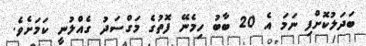
ބަދަލުކޮށްފި ނަމަ އެ 20 ބާބު ހިމެނޭ ފޮތުގެ މަގްސަދު ގެއްލުނީ ކަމަށެވެ.